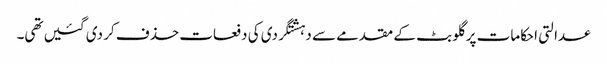
عدالتی احکامات پر گلو بٹ کے مقدمے سے دہشتگردی کی دفعات حذف کر دی گئیں تھی۔